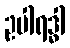
ဥပါရဒ္ဓါ